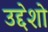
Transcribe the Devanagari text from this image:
उद्देशो